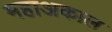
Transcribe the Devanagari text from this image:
महाअकाल